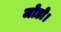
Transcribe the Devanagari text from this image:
जोडो।